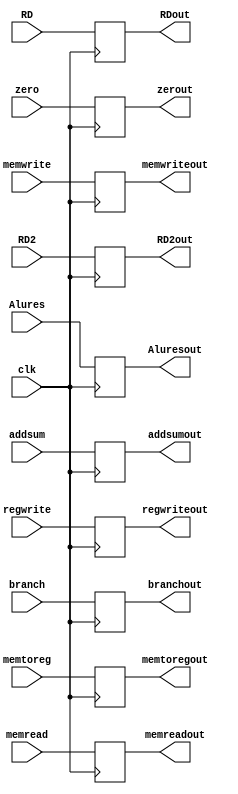
`timescale 1ns / 1ps
//////////////////////////////////////////////////////////////////////////////////
// Company: 
// Engineer: 
// 
// Design Name: 
// Module Name: EX_MEM
// Project Name: 
// Target Devices: 
// Tool Versions: 
// Description: 
// 
// Dependencies: 
// 
// Revision:
// Revision 0.01 - File Created
// Additional Comments:
// 
//////////////////////////////////////////////////////////////////////////////////


module EX_MEM( 
input clk,

input [63:0]addsum, 

input [63:0]Alures, 

input zero, 

input [63:0]RD2, 

input [4:0]RD, 

input regwrite, memtoreg, branch, memread,memwrite, 

output reg[63:0]addsumout, 

output reg[63:0]Aluresout, 

output reg zerout, 

output reg [63:0]RD2out, 

output reg [4:0]RDout, 

output reg regwriteout, memtoregout, branchout, memreadout, memwriteout 

); 
always @(negedge clk)
begin
    addsumout = addsum; 

    Aluresout = Alures; 

    zerout = zero; 

    RD2out = RD2; 

    RDout = RD; 

    regwriteout = regwrite; 

    memtoregout = memtoreg; 

    branchout = branch; 

    memreadout = memread; 

    memwriteout = memwrite; 

end

endmodule